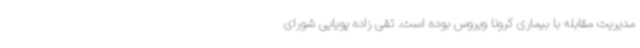
مدیریت مقابله با بیماری کرونا ویروس بوده است. تقی زاده پویایی شورای